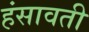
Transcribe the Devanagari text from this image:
हंसावती